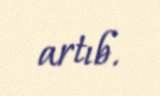
artıb.